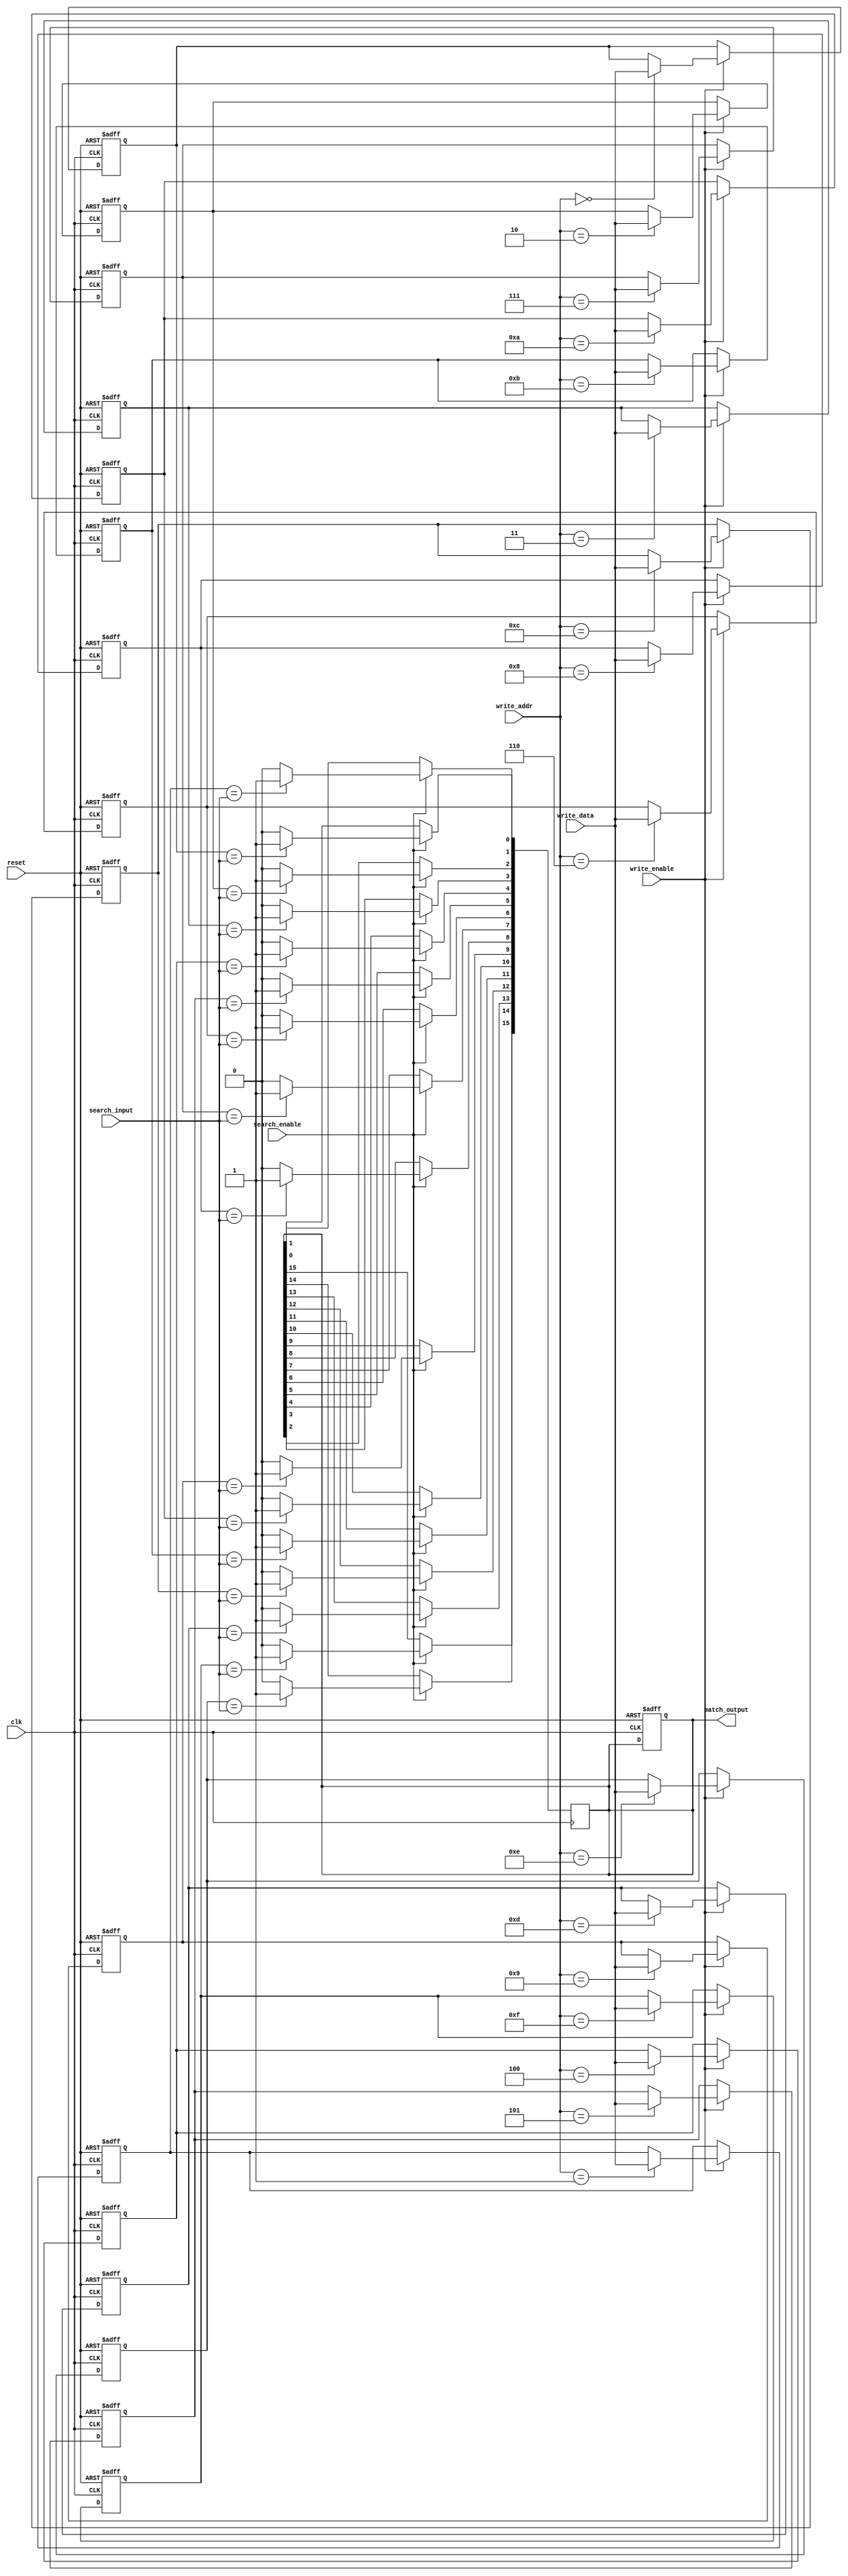
module MultimatchCAM #(
    parameter WORD_SIZE = 8,  // Size of each word
    parameter DEPTH = 16       // Number of entries in the CAM
)(
    input wire clk,                     // Clock signal
    input wire reset,                   // Reset signal
    input wire [WORD_SIZE-1:0] search_input, // Input data to search
    input wire [WORD_SIZE-1:0] write_data,   // Data to write
    input wire [clog2(DEPTH)-1:0] write_addr, // Address to write data
    input wire write_enable,            // Write enable signal
    input wire search_enable,           // Search enable signal
    output reg [DEPTH-1:0] match_output // Match output: bit vector indicating matched entries
);

// Memory array to store entries
reg [WORD_SIZE-1:0] memory [0:DEPTH-1];

// Function to calculate the log base 2
function integer clog2;
    input integer value;
    begin
        value = value - 1;
        for (clog2 = 0; value > 0; clog2 = clog2 + 1)
            value = value >> 1;
    end
endfunction

// Initialize memory
integer i;
always @(posedge clk or posedge reset) begin
    if (reset) begin
        for (i = 0; i < DEPTH; i = i + 1) begin
            memory[i] <= {WORD_SIZE{1'b0}}; // Clear memory
        end
        match_output <= {DEPTH{1'b0}}; // Clear match output
    end else if (write_enable) begin
        memory[write_addr] <= write_data; // Write data to memory
    end
end

// Search operation
always @(posedge clk) begin
    if (search_enable) begin
        match_output <= {DEPTH{1'b0}}; // Clear previous match output
        for (i = 0; i < DEPTH; i = i + 1) begin
            if (memory[i] == search_input) begin
                match_output[i] <= 1'b1; // Set match output for matching entry
            end
        end
    end
end

endmodule